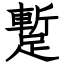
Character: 蹔